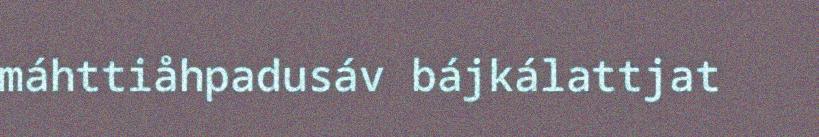
máhttiåhpadusáv bájkálattjat